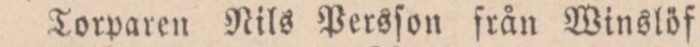
Torparen Nils Persſon ſrån Winslöf